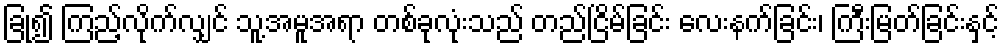
ခြုံ၍ ကြည့်လိုက်လျှင် သူ့အမူအရာ တစ်ခုလုံးသည် တည်ငြိမ်ခြင်း လေးနက်ခြင်း၊ ကြီးမြတ်ခြင်းနှင့်